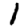
Digit: 1